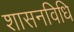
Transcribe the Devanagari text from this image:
शासनविधि